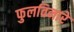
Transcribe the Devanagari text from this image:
फुलविनारे